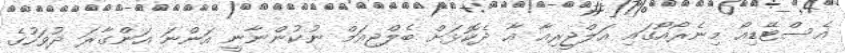
އެސްޓޭޑިއޯ މިނެރޯއޯގައި އަލްޖީރިއާ އާ ދެކޮޅަށް ބެލްޖިއަމް ނުކުންނާނީ އަންނަ އަންގާރަ ދުވަހުގެ